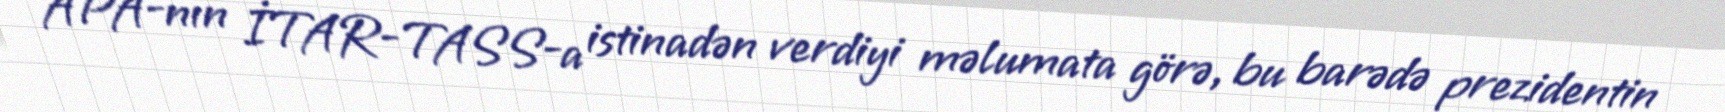
APA-nın İTAR-TASS-a istinadən verdiyi məlumata görə, bu barədə prezidentin